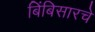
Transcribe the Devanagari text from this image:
बिंबिसारचे